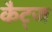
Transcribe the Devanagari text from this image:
कैट्ज